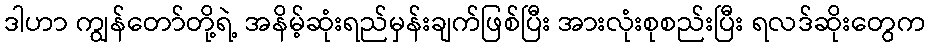
ဒါဟာ ကျွန်တော်တို့ရဲ့ အနိမ့်ဆုံးရည်မှန်းချက်ဖြစ်ပြီး အားလုံးစုစည်းပြီး ရလဒ်ဆိုးတွေက